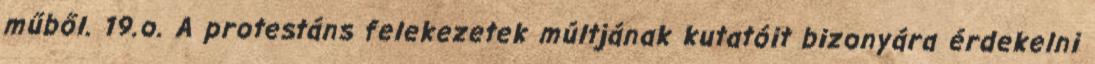
műből. 19.o. A protestáns felekezetek múltjának kutatóit bizonyára érdekelni